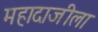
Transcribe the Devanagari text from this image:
महादाजीला